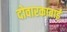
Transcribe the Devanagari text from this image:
दोवारकाबाई